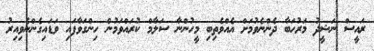
ރައީސް ނަޝީދު މަރުހަބާ ދެންނެވުމަށް އެއްވެތިބި މީހުންނާ ސަލާމް ކުރައްވަމުން ހިންގަވާފައި ވަޑައިގެންނެވިއިރު